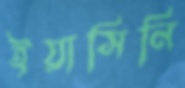
ইয়াসিনি